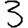
Digit: 3